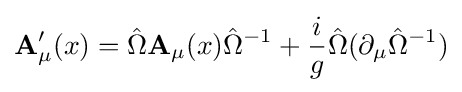
\mathbf {A} _{\mu }'(x)={\hat {\Omega }}\mathbf {A} _{\mu }(x){\hat {\Omega }}^{-1}+{i \over g}{\hat {\Omega }}(\partial _{\mu }{\hat {\Omega }}^{-1})